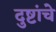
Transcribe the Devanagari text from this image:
दुष्टांचे